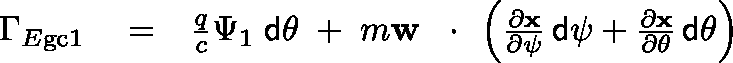
\begin{array} { r l r } { \Gamma _ { E \mathrm { g c } 1 } } & { { } = } & { \frac { q } { c } \Psi _ { 1 } \; { \sf d } \theta \; + \; m { \bf w } \, \mathrm { ~ \boldmath ~ \cdot ~ } \, \left( \frac { \partial \bf x } { \partial \psi } \, { \sf d } \psi + \frac { \partial \bf x } { \partial \theta } \, { \sf d } \theta \right) } \end{array}